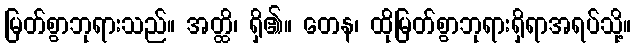
မြတ်စွာဘုရားသည်။ အတ္ထိ၊ ရှိ၏။ တေန၊ ထိုမြတ်စွာဘုရားရှိရာအရပ်သို့။